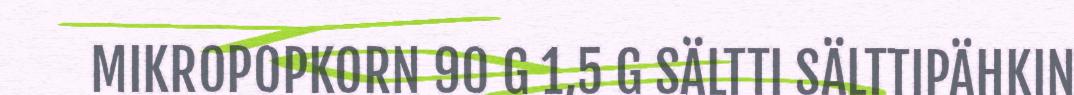
MIKROPOPKORN 90 G 1,5 G SÄLTTI SÄLTTIPÄHKIN